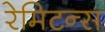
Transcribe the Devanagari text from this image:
रेमिटन्स